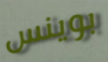
بوينس